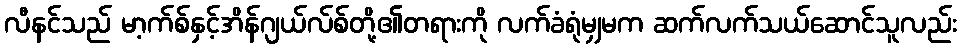
လီနင်သည် မာ့က်စ်နှင့်အိန်ဂျယ်လ်စ်တို့၏တရားကို လက်ခံရုံမျှမက ဆက်လက်သယ်ဆောင်သူလည်း